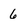
Character: 6